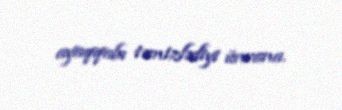
ayaqqabı təmizlədiyi ünvana.